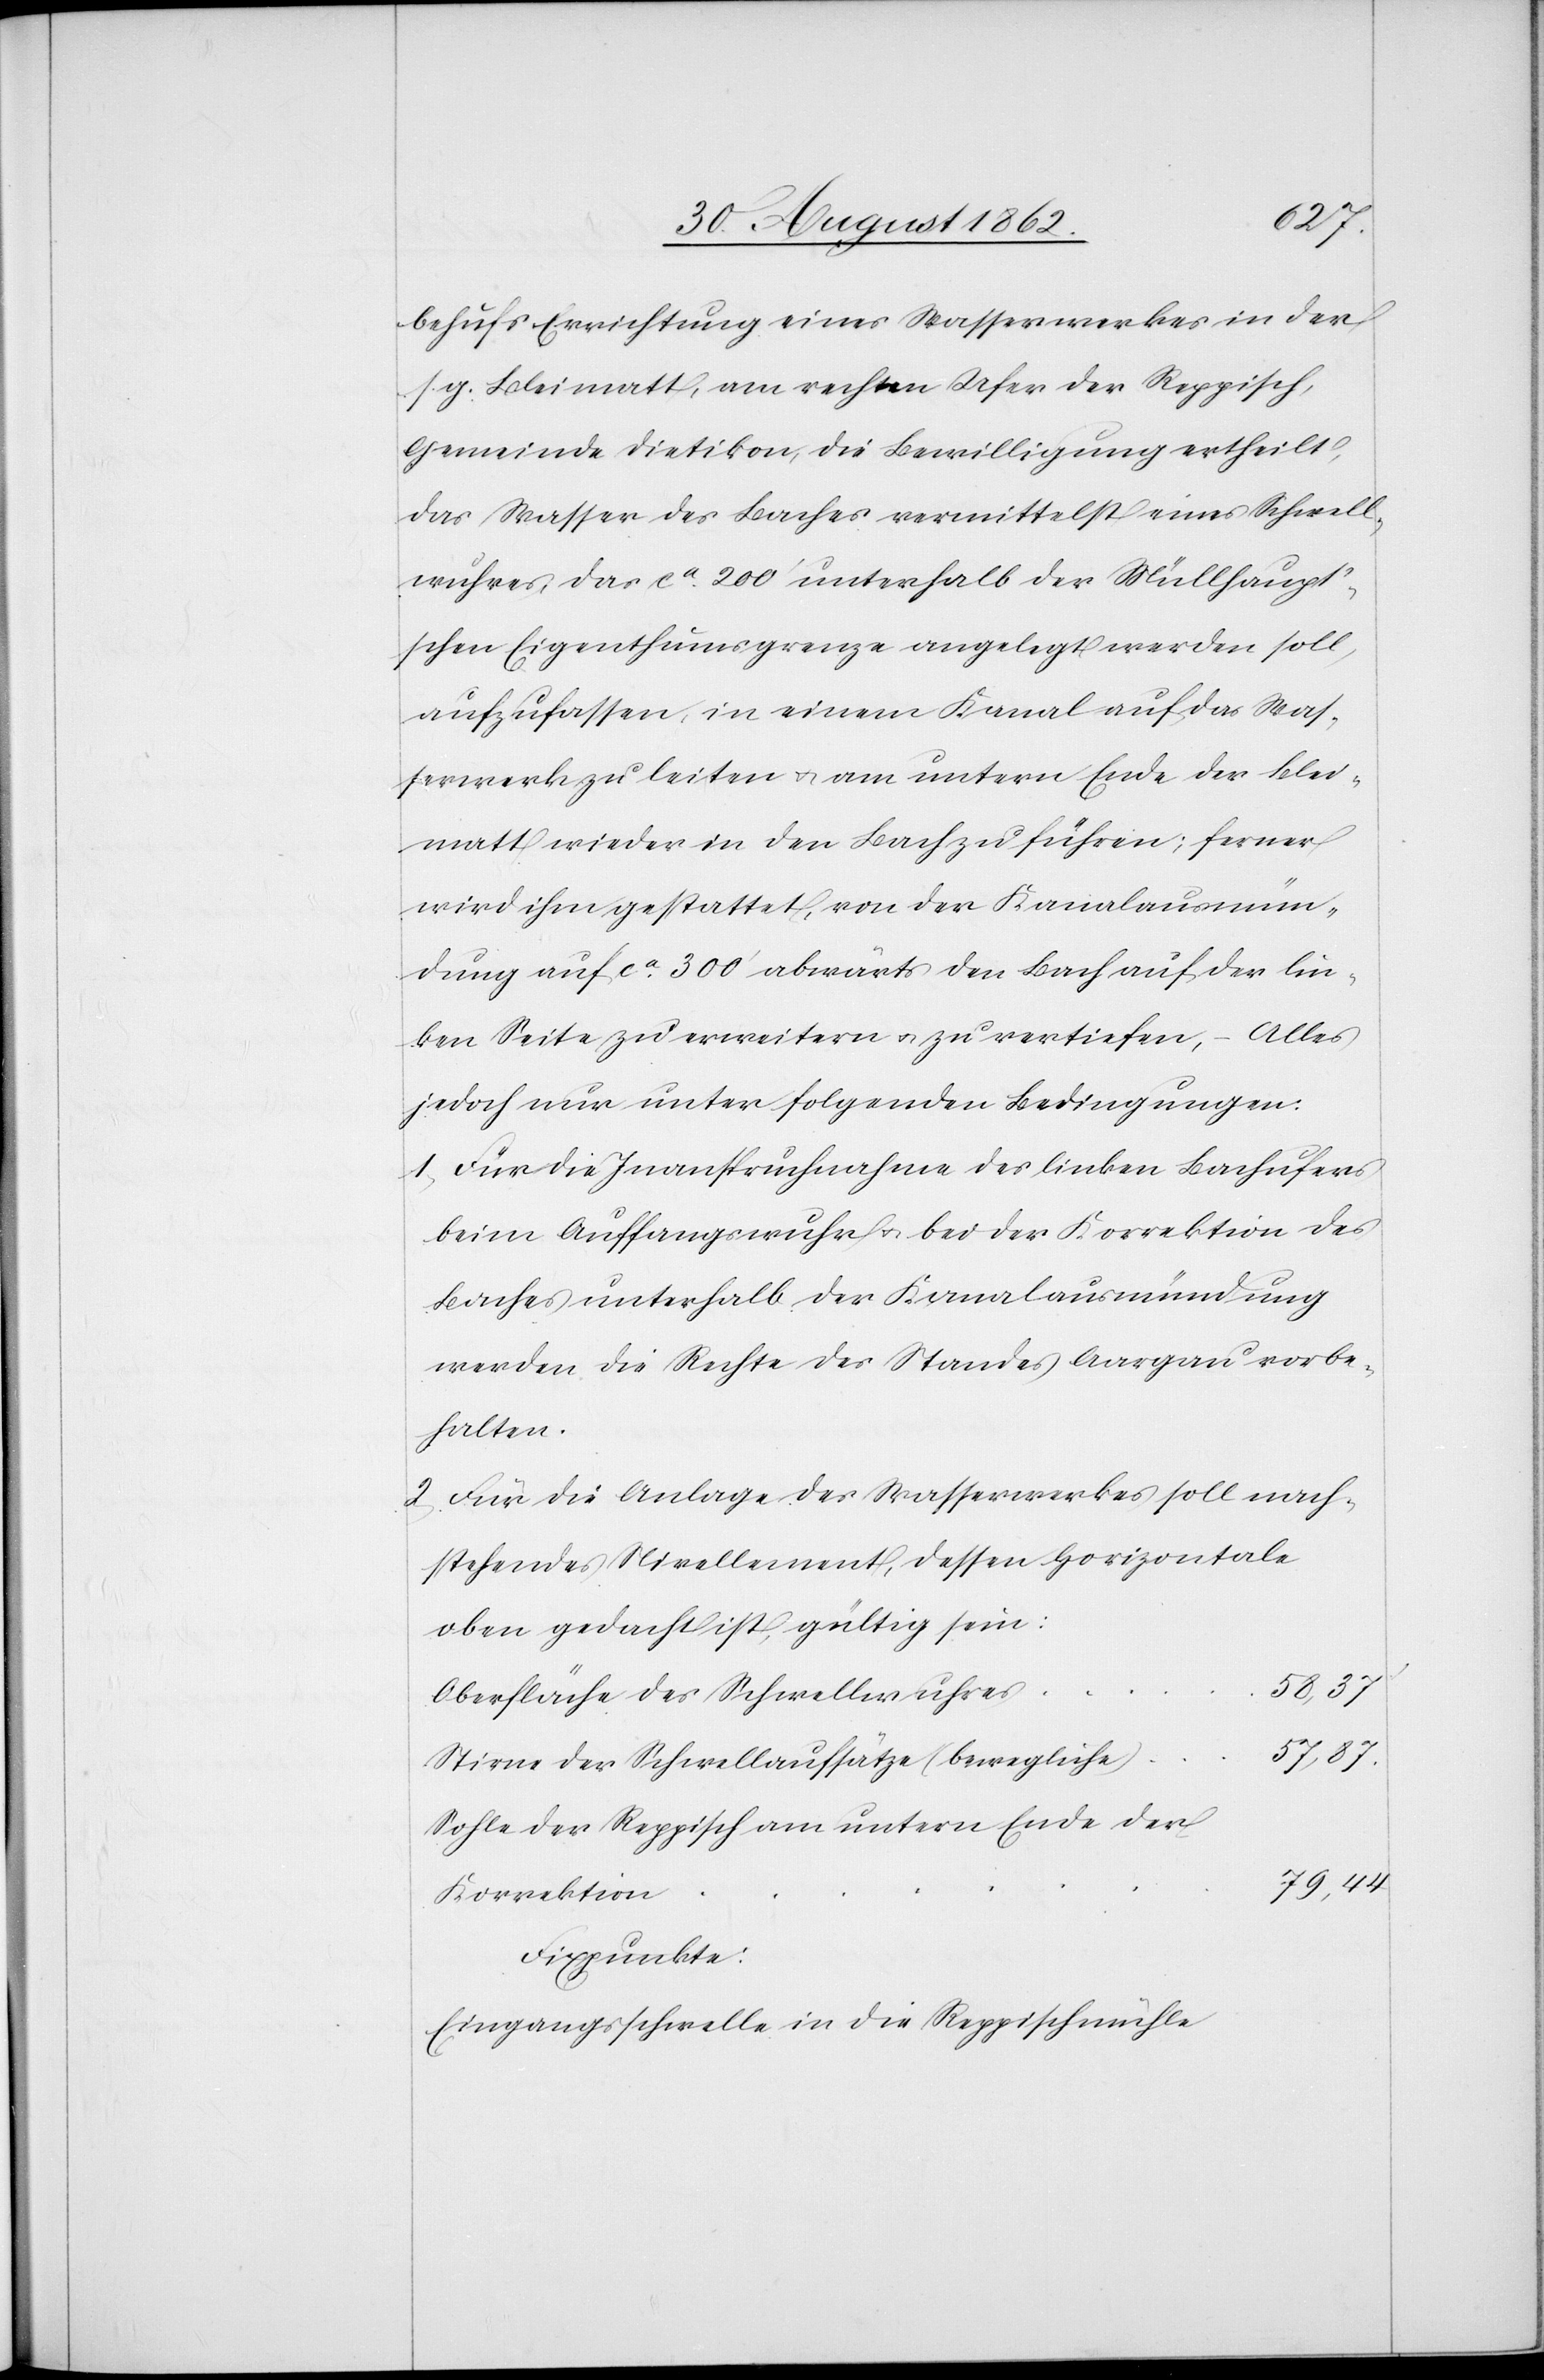
behufs Errichtung eines Wasserwerks in der
g. Bleimatt, am rechten Ufer der Reppisch,
Gemeinde Dietikon, die Bewilligung ertheilt,
das Wasser des Baches vermittelst eines Schwell¬
wuhres, das ca 200’ unterhalb der Müllhaup¬
t’schen Eigenthumsgrenze angelegt werden soll,
aufzufassen, in einem Kanal auf das Was¬
serwerk zu leiten u. am untern Ende der Blei¬
matt wieder in den Bach zu führen; ferner
wird ihm gestattet, von der Kanalausmün¬
dung auf ca 300’ abwärts den Bach auf der lin¬
ken Seite zu erweitern u. zu vertiefen, – Alles
jedoch nur unter folgenden Bedingungen:
1) Für die Inanspruchnahme des linken Bachufers
beim Auffangswuhr u. bei der Korrektion des
Baches unterhalb der Kanalausmündung
werden die Rechte des Standes Aargau vorbe¬
halten.
2) Für die Anlage des Wasserwerkes soll nach¬
stehendes Nivellement, dessen Horizontale
oben bedacht ist, gültig sein:
58,37’
Oberfläche des Schwellwuhres
57,87.
Stirne der Schwellaufsätze (bewegliche)
Sohle der Reppisch am untern Ende der
Korrektion
Fixpunkte:
Eingangsschwelle in die Reppischmühle